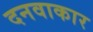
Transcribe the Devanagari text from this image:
दनवाकार